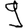
Digit: 9